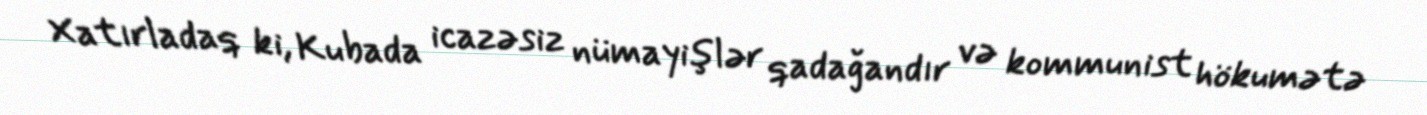
Xatırladaq ki, Kubada icazəsiz nümayişlər qadağandır və kommunist hökumətə